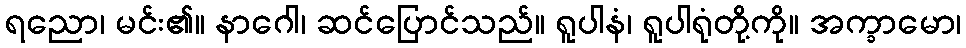
ရညော၊ မင်း၏။ နာဂေါ၊ ဆင်ပြောင်သည်။ ရူပါနံ၊ ရူပါရုံတို့ကို။ အက္ခာမော၊